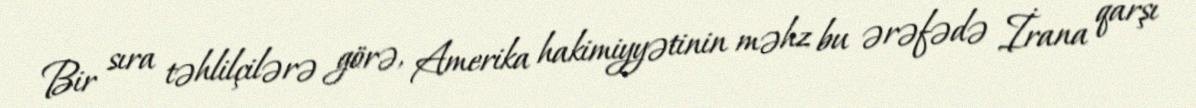
Bir sıra təhlilçilərə görə, Amerika hakimiyyətinin məhz bu ərəfədə İrana qarşı